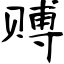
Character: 赙